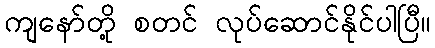
ကျနော်တို့ စတင် လုပ်ဆောင်နိုင်ပါပြီ။